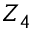
Z _ { 4 }